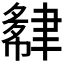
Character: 𬚮